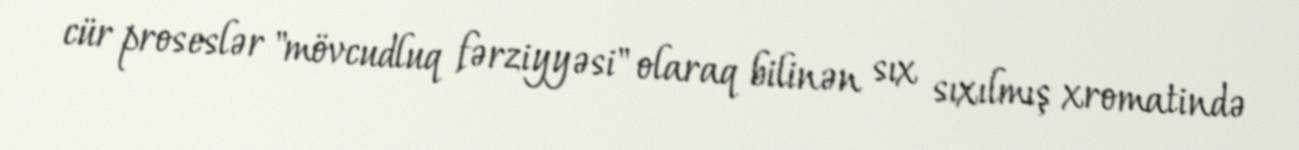
cür proseslər "mövcudluq fərziyyəsi" olaraq bilinən sıx sıxılmış xromatində